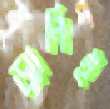
ড্যানিই